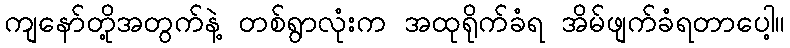
ကျနော်တို့အတွက်နဲ့ တစ်ရွာလုံးက အထုရိုက်ခံရ အိမ်ဖျက်ခံရတာပေါ့။